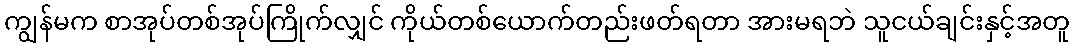
ကျွန်မက စာအုပ်တစ်အုပ်ကြိုက်လျှင် ကိုယ်တစ်ယောက်တည်းဖတ်ရတာ အားမရဘဲ သူငယ်ချင်းနှင့်အတူ